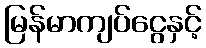
မြန်မာကျပ်ငွေနှင့်